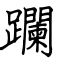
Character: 躝